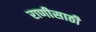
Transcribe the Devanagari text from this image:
राणीसाठी